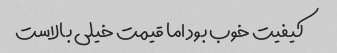
کیفیت خوب بود اما قیمت خیلی بالاست